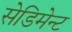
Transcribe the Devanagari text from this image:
सेडिमेन्ट